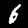
Label: 6